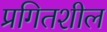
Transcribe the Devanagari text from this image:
प्रगितशील